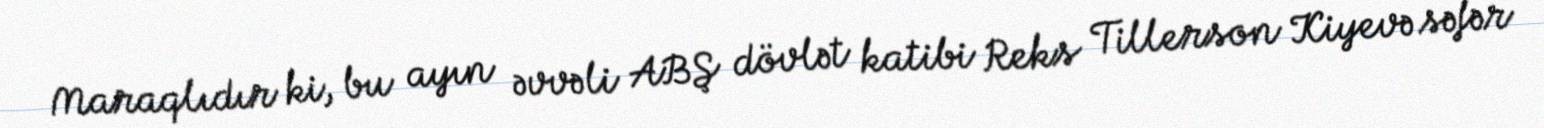
Maraqlıdır ki, bu ayın əvvəli ABŞ dövlət katibi Reks Tillerson Kiyevə səfər